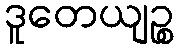
ဒူတေယျဉ္စ